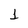
Character: 1